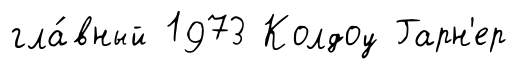
гла́вный 1973 Колдоу Гарн'ер